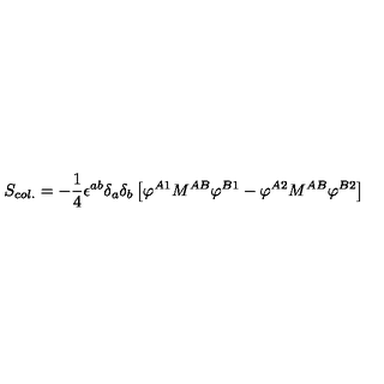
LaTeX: S _ { c o l . } = - { \frac { 1 } { 4 } } \epsilon ^ { a b } \delta _ { a } \delta _ { b } \left[ \varphi ^ { A 1 } M ^ { A B } \varphi ^ { B 1 } - \varphi ^ { A 2 } M ^ { A B } \varphi ^ { B 2 } \right]